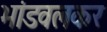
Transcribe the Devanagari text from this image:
भांडवलकर